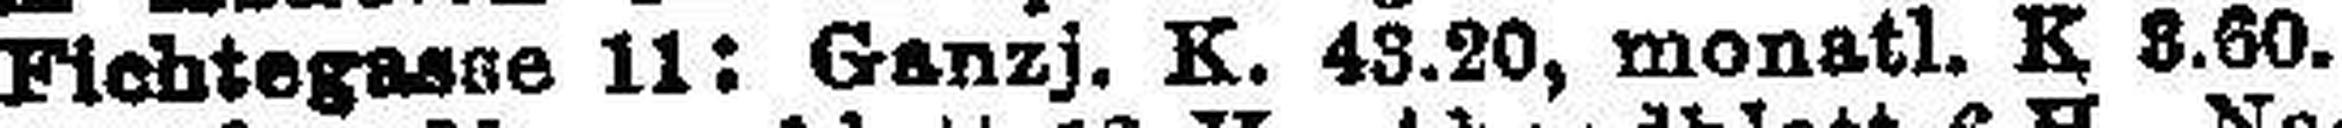
Fichtegasse 11: Ganzj. K. 43.20, monatl. K. 8.60.